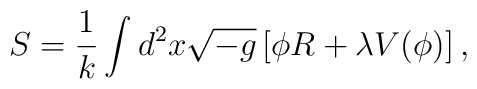
S = \frac{1}{k}\int d^2x \sqrt{-g} \left[ \phi R + \lambda V(\phi)\right],